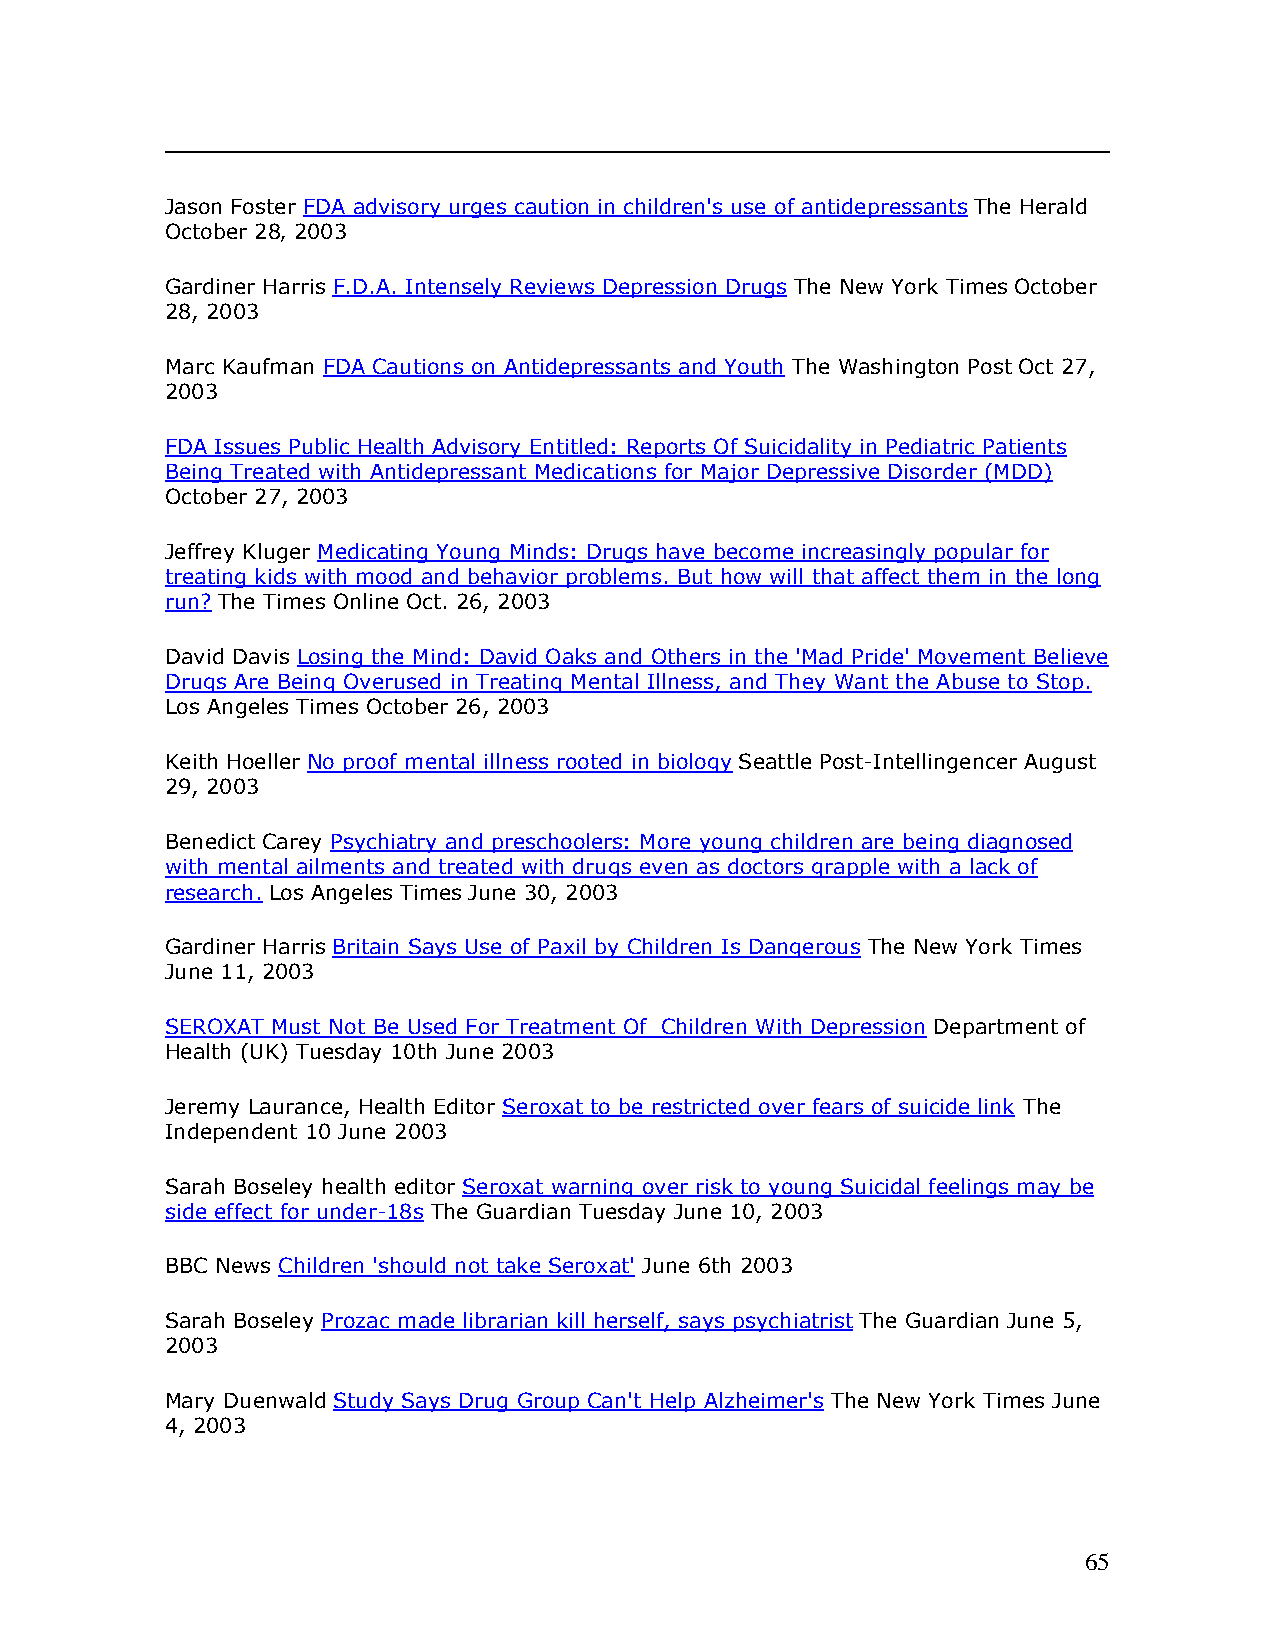
Jason Foster FDA advisory urges caution in children's use of antidepressants The Herald
 October 28‚ 2003
 Gardiner Harris F.D.A. Intensely Reviews Depression Drugs The New York TimesOctober
 28, 2003
 Marc Kaufman FDA Cautions on Antidepressants and Youth The Washington Post Oct 27,
 2003
 FDA Issues Public Health Advisory Entitled: Reports Of Suicidality in Pediatric Patients
 Being Treated with Antidepressant Medications for Major Depressive Disorder (MDD)
 October 27, 2003
 Jeffrey Kluger Medicating Young Minds: Drugs have become increasingly popular for
 treating kids with mood and behavior problems. But how will that affect them in the long
 run?The Times OnlineOct. 26, 2003
 David Davis Losing the Mind: David Oaks and Others in the 'Mad Pride' Movement Believe
 Drugs Are Being Overused in Treating Mental Illness, and They Want the Abuse to Stop.
 Los Angeles Times October 26, 2003
 Keith Hoeller No proof mental illness rooted in biology Seattle Post-Intellingencer August
 29, 2003
 Benedict Carey Psychiatry and preschoolers: More young children are being diagnosed
 with mental ailments and treated with drugs even as doctors grapple with a lack of
 research. Los Angeles TimesJune 30, 2003
 Gardiner HarrisBritain Says Use of Paxil by Children Is Dangerous The New York Times
 June 11, 2003
 SEROXAT Must Not Be Used For Treatment Of Children With Depression Department of
 Health (UK) Tuesday 10th June 2003
 Jeremy Laurance, Health Editor Seroxat to be restricted over fears of suicide link The
 Independent 10 June 2003
 Sarah Boseley health editor Seroxat warning over risk to young Suicidal feelings may be
 side effect for under-18s The Guardian Tuesday June 10, 2003
 BBC News Children 'should not take Seroxat' June 6th 2003
 Sarah Boseley Prozac made librarian kill herself, says psychiatrist The Guardian June 5,
 2003
 Mary Duenwald Study Says Drug Group Can't Help Alzheimer's The New York Times June
 4, 2003
 65